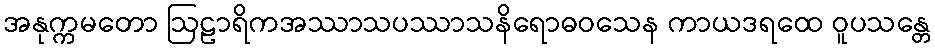
အနုက္ကမတော ဩဠာရိကအဿာသပဿာသနိရောဓဝသေန ကာယဒရထေ ဝူပသန္တေ